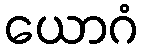
ယောဂံ